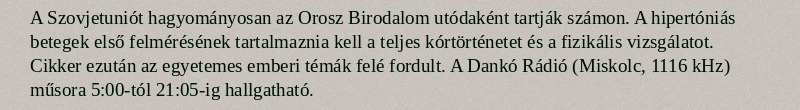
A Szovjetuniót hagyományosan az Orosz Birodalom utódaként tartják számon. A hipertóniás betegek első felmérésének tartalmaznia kell a teljes kórtörténetet és a fizikális vizsgálatot. Cikker ezután az egyetemes emberi témák felé fordult. A Dankó Rádió (Miskolc, 1116 kHz) műsora 5:00-tól 21:05-ig hallgatható.